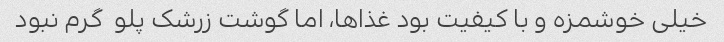
خیلی خوشمزه و با کیفیت بود غذاها، اما گوشت زرشک پلو  گرم نبود